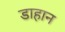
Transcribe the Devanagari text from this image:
डाहान